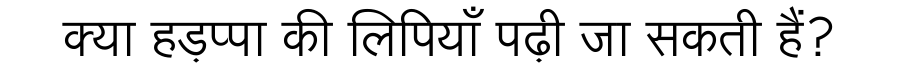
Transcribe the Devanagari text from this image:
क्या हड़प्पा की लिपियाँ पढ़ी जा सकती हैं?